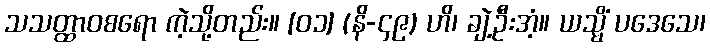
သသတ္ထာဝစရော ကဲ့သို့တည်း။ [၀၁] (နိ-၄၉) ဟိ၊ ချဲ့ဦးအံ့။ ယသ္မိံ ပဒေသေ၊